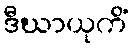
ဒီဃာယုကိံ